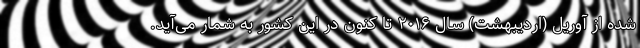
شده از آوریل (اردیبهشت) سال ۲۰۱۶ تا کنون در این کشور به شمار می‌آید.